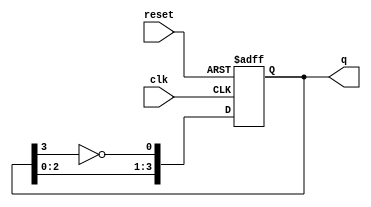
module modified_johnson_counter #(
    parameter N = 4  // Number of bits (flip-flops)
)(
    input wire clk,       // Clock signal
    input wire reset,     // Asynchronous reset
    output reg [N-1:0] q // Output state
);

// Internal signal for the feedback
wire feedback;

// Assign feedback as the inverted output of the last flip-flop
assign feedback = ~q[N-1];

// Sequential logic for the Modified Johnson Counter
always @(posedge clk or posedge reset) begin
    if (reset) begin
        // Initialize the counter to a known state (0)
        q <= 0;
    end else begin
        // Shift the states and apply feedback
        q <= {q[N-2:0], feedback};
    end
end

endmodule